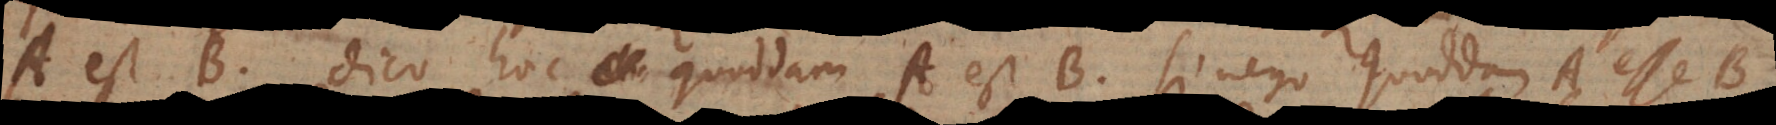
A est B, dico hoc quoddam A est B, si nego quoddam A esse B,